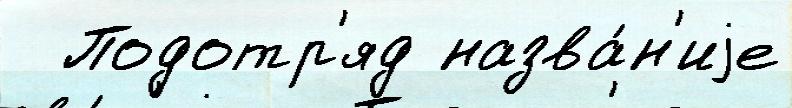
  Подотр'яд назва́н'иjе